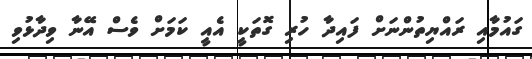
ގައުމާއި ރައްޔިތުންނަށް ފައިދާ ހުރި ގޮތަކީ އެއީ ކަމަށް ވެސް އޭނާ ވިދާޅުވި